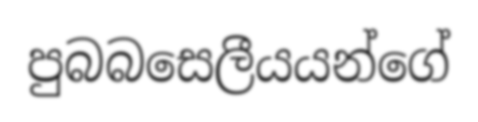
පුබබසෙලීයයන්ගේ